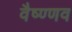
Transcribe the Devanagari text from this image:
वैष्ण्णव